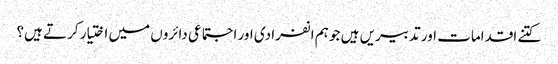
کتنے اقدامات اور تدبیریں ہیں جو ہم انفرادی اور اجتماعی دائروں میں اختیار کرتے ہیں؟